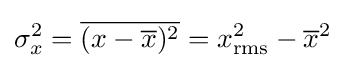
\sigma _{x}^{2}={\overline {(x-{\overline {x}})^{2}}}=x_{\text{rms}}^{2}-{\overline {x}}^{2}